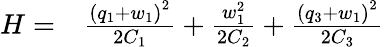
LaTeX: \begin{array}{rl}{H=}&{{}\frac{{\left(q_{1}+w_{1}\right)}^{2}}{2C_{1}}+\frac{w_{1}^{2}}{2C_{2}}+\frac{{\left(q_{3}+w_{1}\right)}^{2}}{2C_{3}}}\end{array}